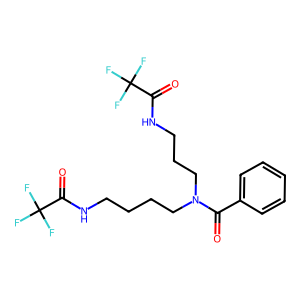
SMILES: O=C(c1ccccc1)N(CCCCNC(=O)C(F)(F)F)CCCNC(=O)C(F)(F)F
Inhibits HIV replication: No